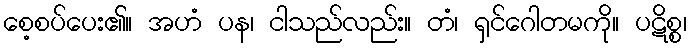
စေ့စပ်ပေး၏။ အဟံ ပန၊ ငါသည်လည်း။ တံ၊ ရှင်ဂေါတမကို။ ပဋိစ္စ၊